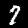
Label: 7